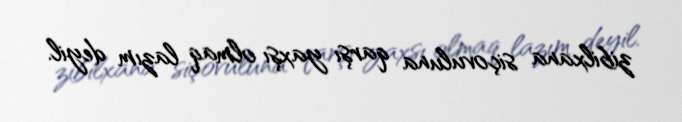
zibilxana siçovuluna qarşı yaxşı olmaq lazım deyil.